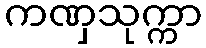
ကဏှသုက္ကာ